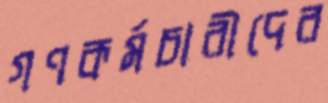
গণকর্মচারীদের